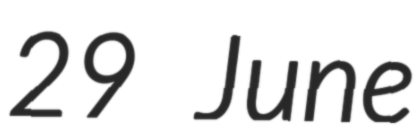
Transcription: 29 June